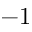
- 1